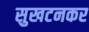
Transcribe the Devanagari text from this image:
सुखटनकर